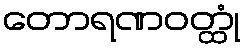
တောရဏဝတ္ထုံ